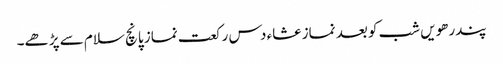
پندرھویں شب کو بعد نماز عشاء دس رکعت نماز پانچ سلام سے پڑھے۔